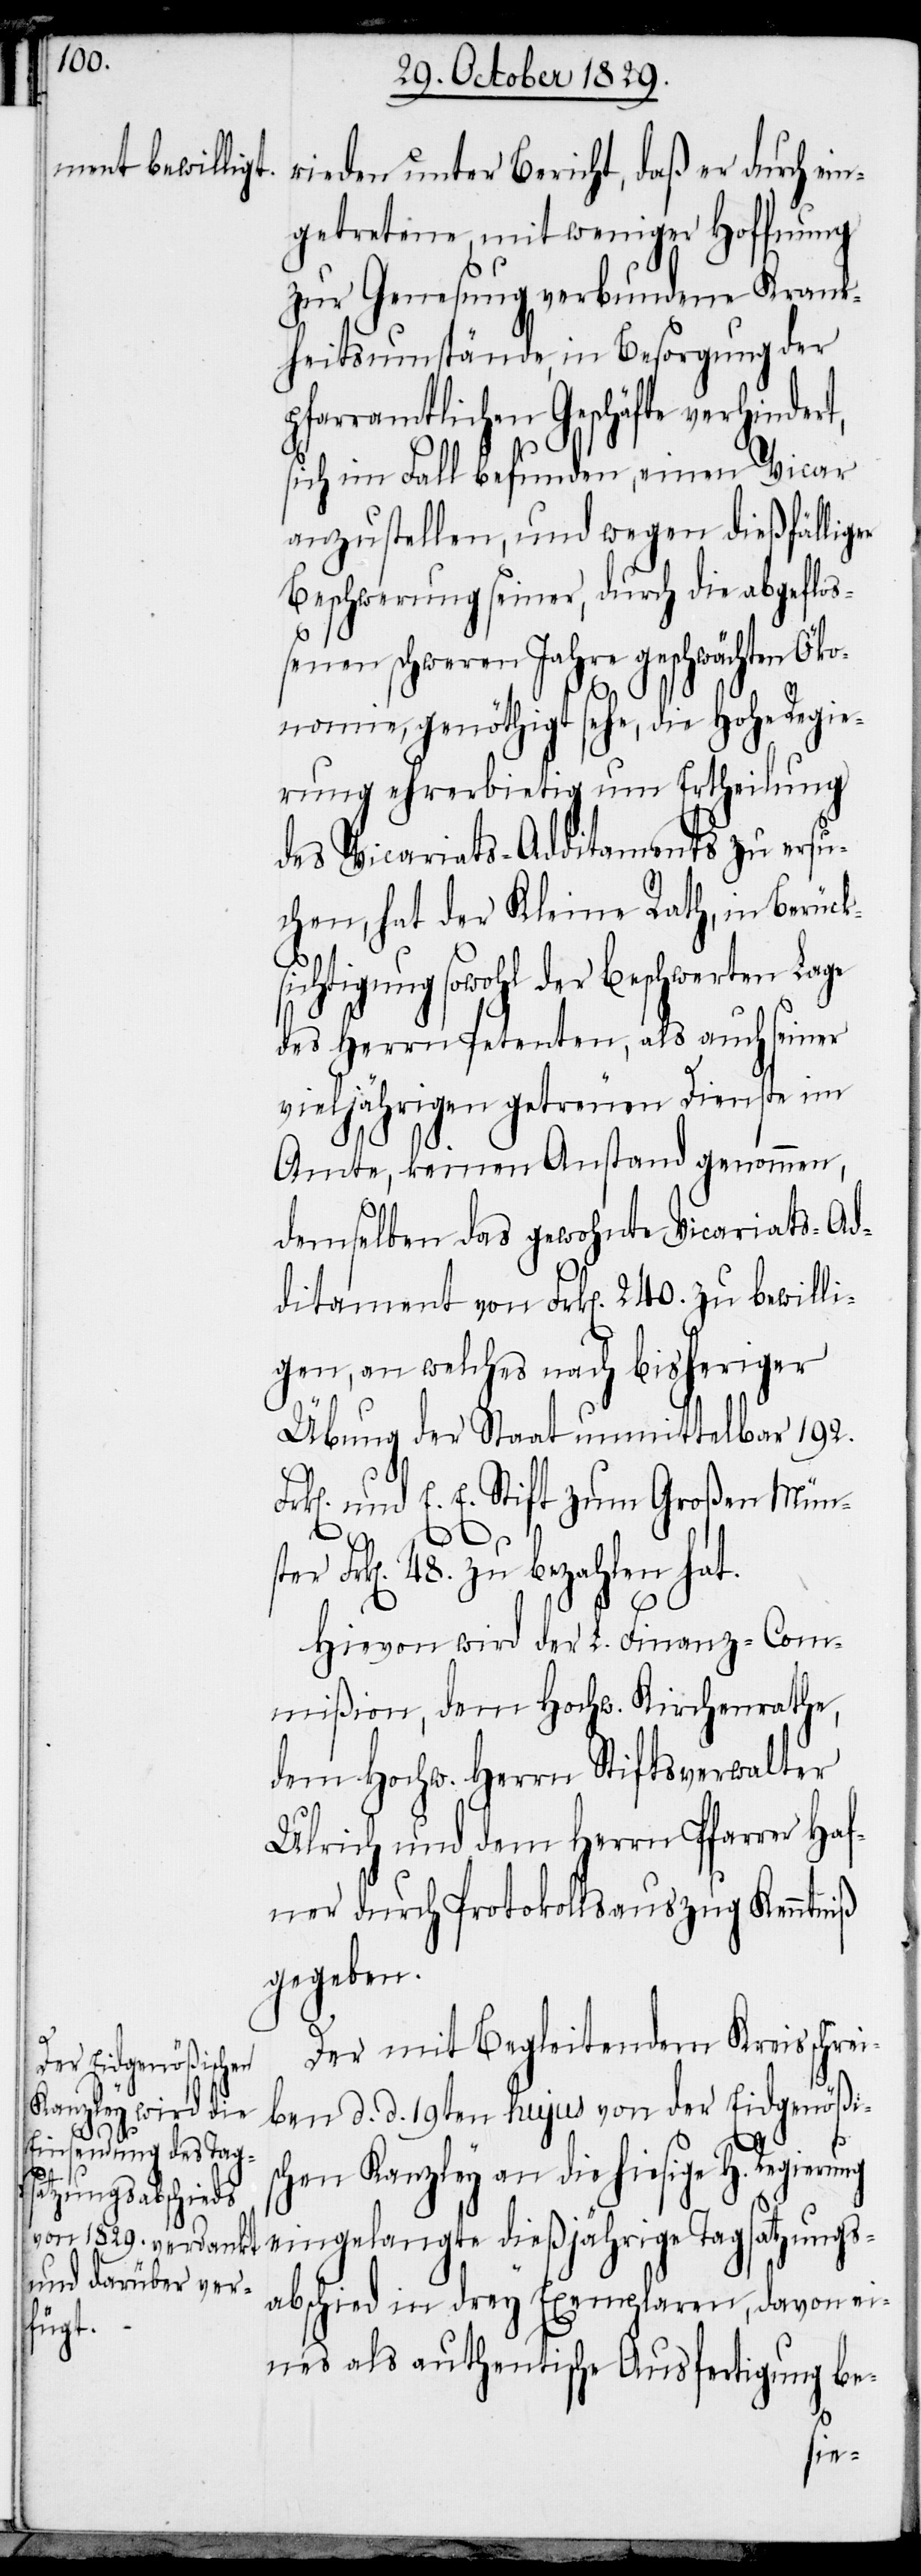
ung

rieden unter Bericht, daß er durch ein¬
getretene, mit weniger Hoffnung
zur Genesung verbundene Krank¬
heitsumstände, in Besorgung der
rramtlichen Geschäfte verhind¬
sich im Fall befunden, einen Vicar
anzustellen, und wegen dießfällig¬
Beschwerung seiner, durch die abgefloß¬
enen schweren Jahre geschwächten Öko¬
nomie, genöthigt sehe, die Hohe Regie¬
rung ehrerbietig um Ertheilung
des Vicariat-Additaments zu ersu¬
chen, hat der Kleine Rath, in Berück¬
htigung sowohl der beschwerten
des Herrn Petenten, als auch seiner
vieljährigen getreuen Dienste im
Amte, keinen Anstand genommen,
demselben das gewohnte Vicariats-Ad¬
ditament von Frk[en]. 240. zu bewilli¬
gen, an welches nach bisheriger
Übung der Staat unmittelbar 192.
k[en]. und E. E. Stift zum Großen Mün¬
Frk[en]. 48. zu bezahlen hat.
Hievon wird der L. Finanz-Com¬
mißion, dem Hochw. Kirchenrathe,
dem Hochw. Herrn Stiftsverwalter
Ulrich und dem Herrn Pfarrer Haf¬
ner durch Protokollsauszug Kenntniß
gegeben.
Der mit Begleitendem Kreisschrei¬
ben d. d. 19ten hujus von der Eidgenößi¬
schen Kanzley an die hiesige H. Regier¬
eingelangte diesjährige Tagsatzungs¬
abschied in drey Exemplaren, davon ei¬
nes als authentische Ausfertigung be-
ster